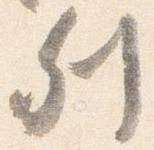
列